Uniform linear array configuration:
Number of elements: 32
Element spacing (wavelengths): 0.75
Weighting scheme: exponential
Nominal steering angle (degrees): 30
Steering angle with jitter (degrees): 31.351
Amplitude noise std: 0.05
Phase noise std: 0.05

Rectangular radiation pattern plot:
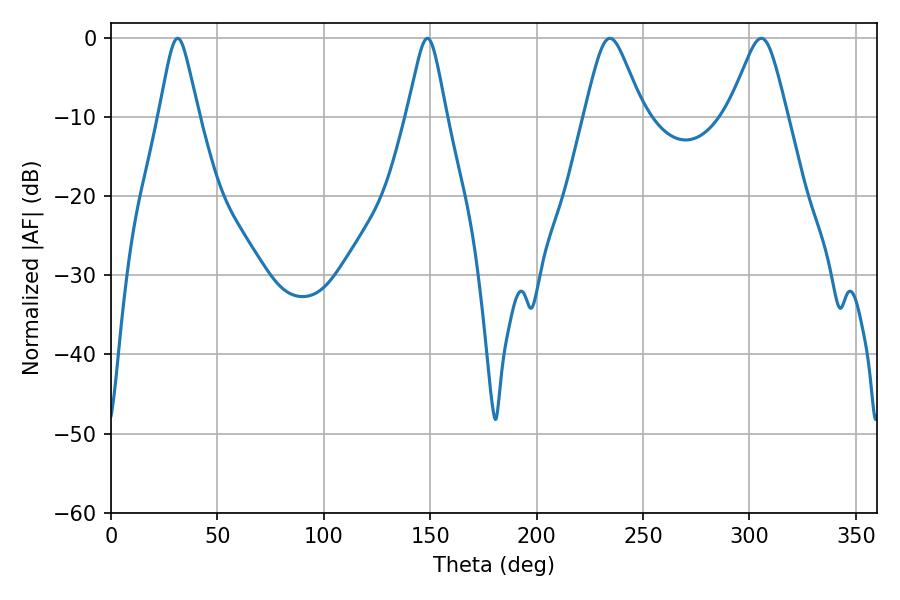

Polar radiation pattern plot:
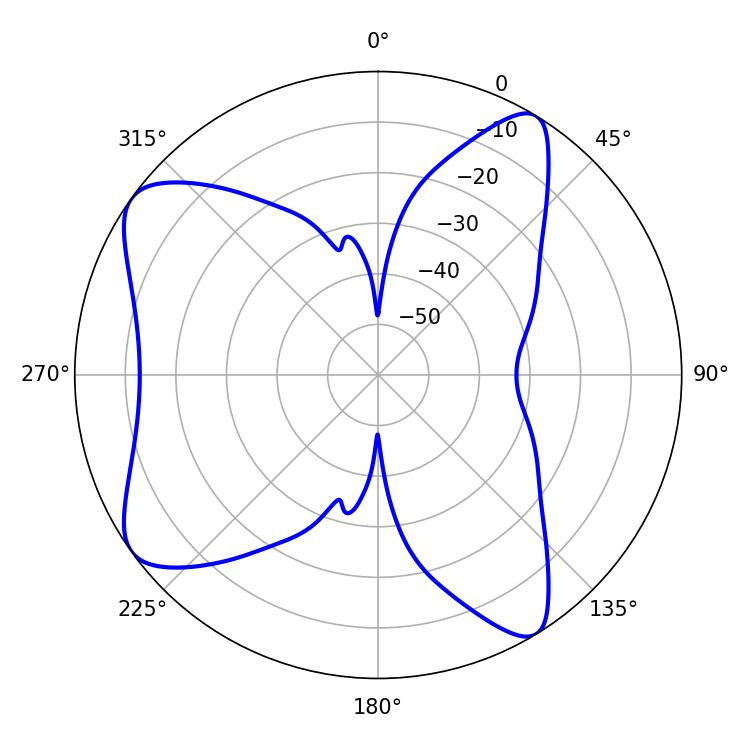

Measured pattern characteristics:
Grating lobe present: TRUE
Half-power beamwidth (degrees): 8.82
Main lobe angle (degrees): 31.32